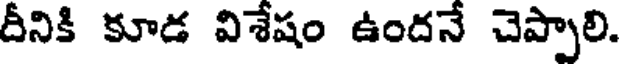
దీనికి కూడ విశేషం ఉందనే చెప్పాలి.